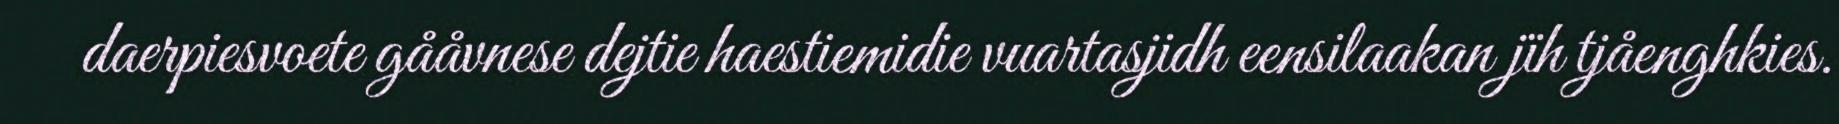
daerpiesvoete gååvnese dejtie haestiemidie vuartasjidh eensilaakan jïh tjåenghkies.